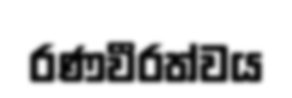
රණවීරත්වය